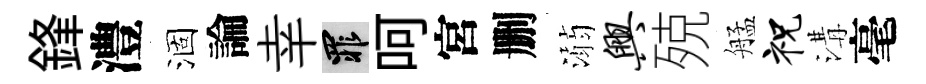
鋒澧涸論幸罪呵宮删溺兴殑艋祝溝毫